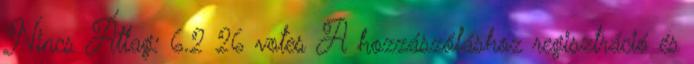
Nincs Átlag: 6.2 26 votes A hozzászóláshoz regisztráció és